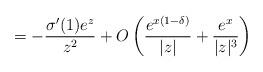
LaTeX: \begin{align*} = - \frac{\sigma'(1) e^{z}}{z^2} +O\left( \frac{e^{x(1-\delta)}}{|z|}+\frac{e^{x}}{|z|^3} \right)\end{align*}